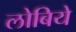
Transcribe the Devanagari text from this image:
लोबिये